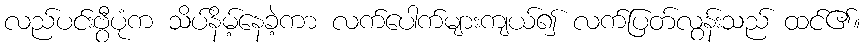
လည်ပင်းဗွီပုံက သိပ်နိမ့်နေခဲ့ကာ လက်ပေါက်များကျယ်၍ လက်ပြတ်လွန်းသည် ထင်၏။